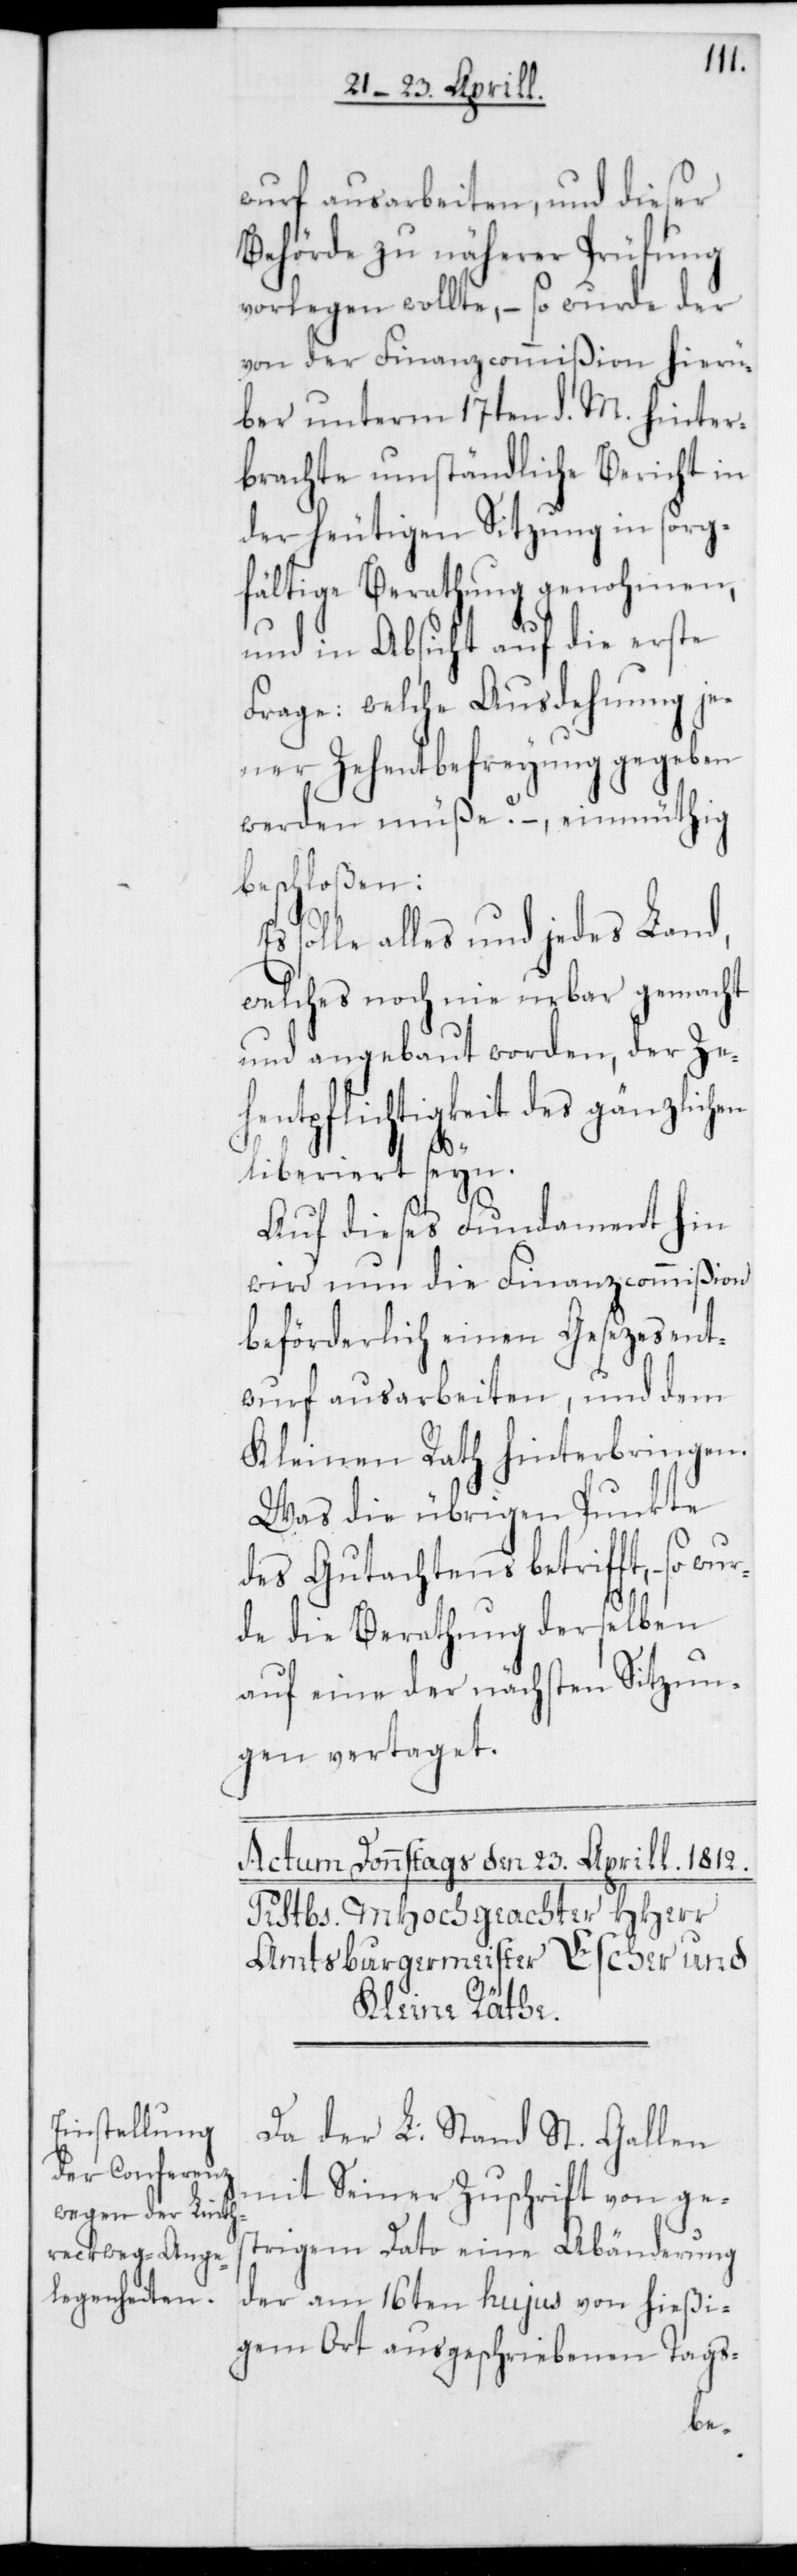
wurf ausarbeiten, und dieser
Behörde zu näherer Prüfung
vorlegen wollte, – so wurde der
von der Finanzcommißion hierü¬
ber unterm 17ten d. M. hinter¬
brachte umständliche Bericht in
der heutigen Sitzung in sorg¬
fältige Berathung genohmen,
und in Absicht auf die erste
Frage: welche Ausdehnung je¬
ner Zehentbefreyung gegeben
werden müße? – einmüthig
schloßen:
solle alles und jedes Land,
welches noch nie urbar gemacht
und angebaut worden, der Zeh¬
entpflichtigkeit des gänzlichen
liberiert seyn.
Auf dieses Fundament hin
wird nun die Finanzcommißion
beförderlich einen Gesezesent¬
wurf ausarbeiten, und dem
Kleinen Rath hinterbringen.
Was die übrigen Punkte
des Gutachtens betrifft, – so
de die Berathung derselben
auf eine der nächsten Sitzun¬
gen vertaget.
Da der L. Stand St. Gallen
mit Seiner Zuschrift von ges¬
trigem Dato eine Abänderung
der am 16ten hujus von hießi¬
gem Ort ausgeschriebenen Tags-
wur¬